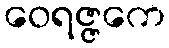
ဝေရဇ္ဇကေ